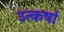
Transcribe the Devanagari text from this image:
उत्कर्षा